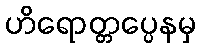
ဟိရောတ္တပ္ပေနမှ